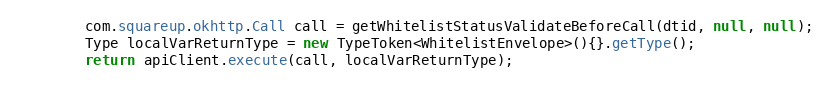
Language: Java
        com.squareup.okhttp.Call call = getWhitelistStatusValidateBeforeCall(dtid, null, null);
        Type localVarReturnType = new TypeToken<WhitelistEnvelope>(){}.getType();
        return apiClient.execute(call, localVarReturnType);